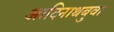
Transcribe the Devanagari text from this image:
आदिनाथबुवा